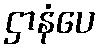
ဌာနံပေ